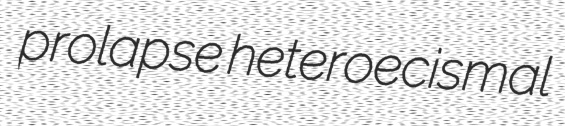
prolapse heteroecismal